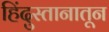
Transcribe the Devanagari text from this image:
हिंदुस्तानातून